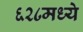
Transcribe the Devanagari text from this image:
६२८मध्ये